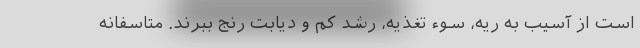
است از آسیب به ریه، سوء تغذیه، رشد کم و دیابت رنج ببرند. متاسفانه